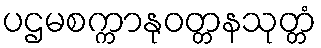
ပဌမစက္ကာနုဝတ္တနသုတ္တံ